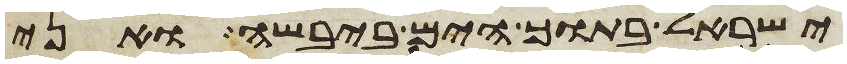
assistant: ישראל בתוך הים ביבשה ואני